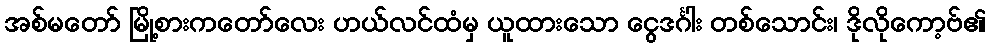
အစ်မတော် မြို့စားကတော်လေး ဟယ်လင်ထံမှ ယူထားသော ငွေဒင်္ဂါး တစ်သောင်း၊ ဒိုလိုကော့ဗ်၏